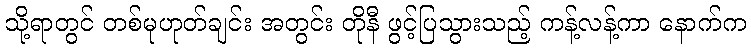
သို့ရာတွင် တစ်မုဟုတ်ချင်း အတွင်း တိုနီ ဖွင့်ပြသွားသည့် ကန့်လန့်ကာ နောက်က